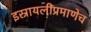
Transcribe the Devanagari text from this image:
इस्रायलींप्रमाणेच